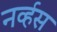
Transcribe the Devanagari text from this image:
नव्‍र्हस